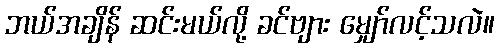
ဘယ်အချိန် ဆင်းမယ်လို့ ခင်ဗျား မျှော်လင့်သလဲ။